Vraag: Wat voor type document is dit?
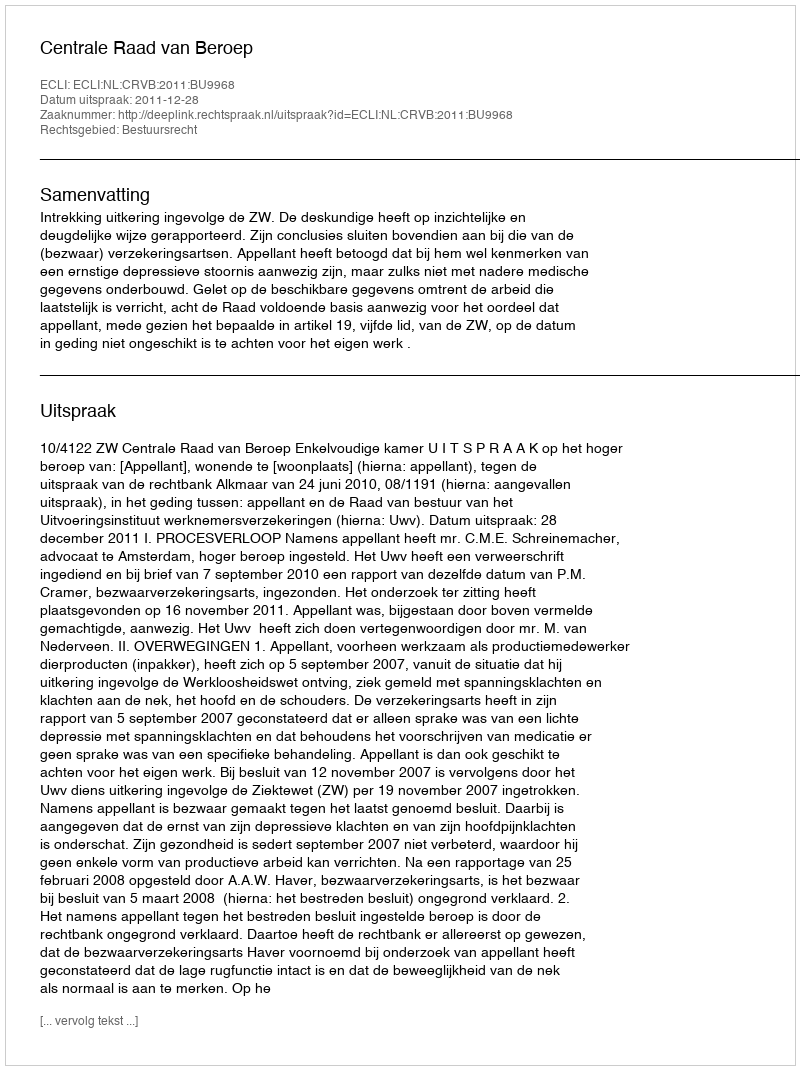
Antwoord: Uitspraak